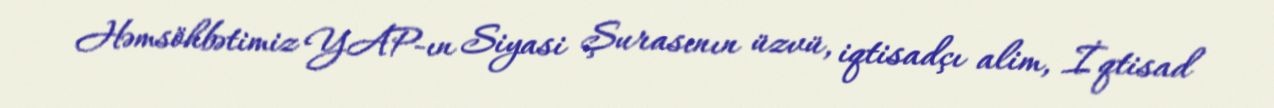
Həmsöhbətimiz YAP-ın Siyasi Şurasının üzvü, iqtisadçı alim, İqtisad